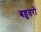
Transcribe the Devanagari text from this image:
बहुतरों